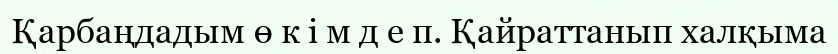
Қарбаңдадым ө к і м д е п. Қайраттанып халқыма